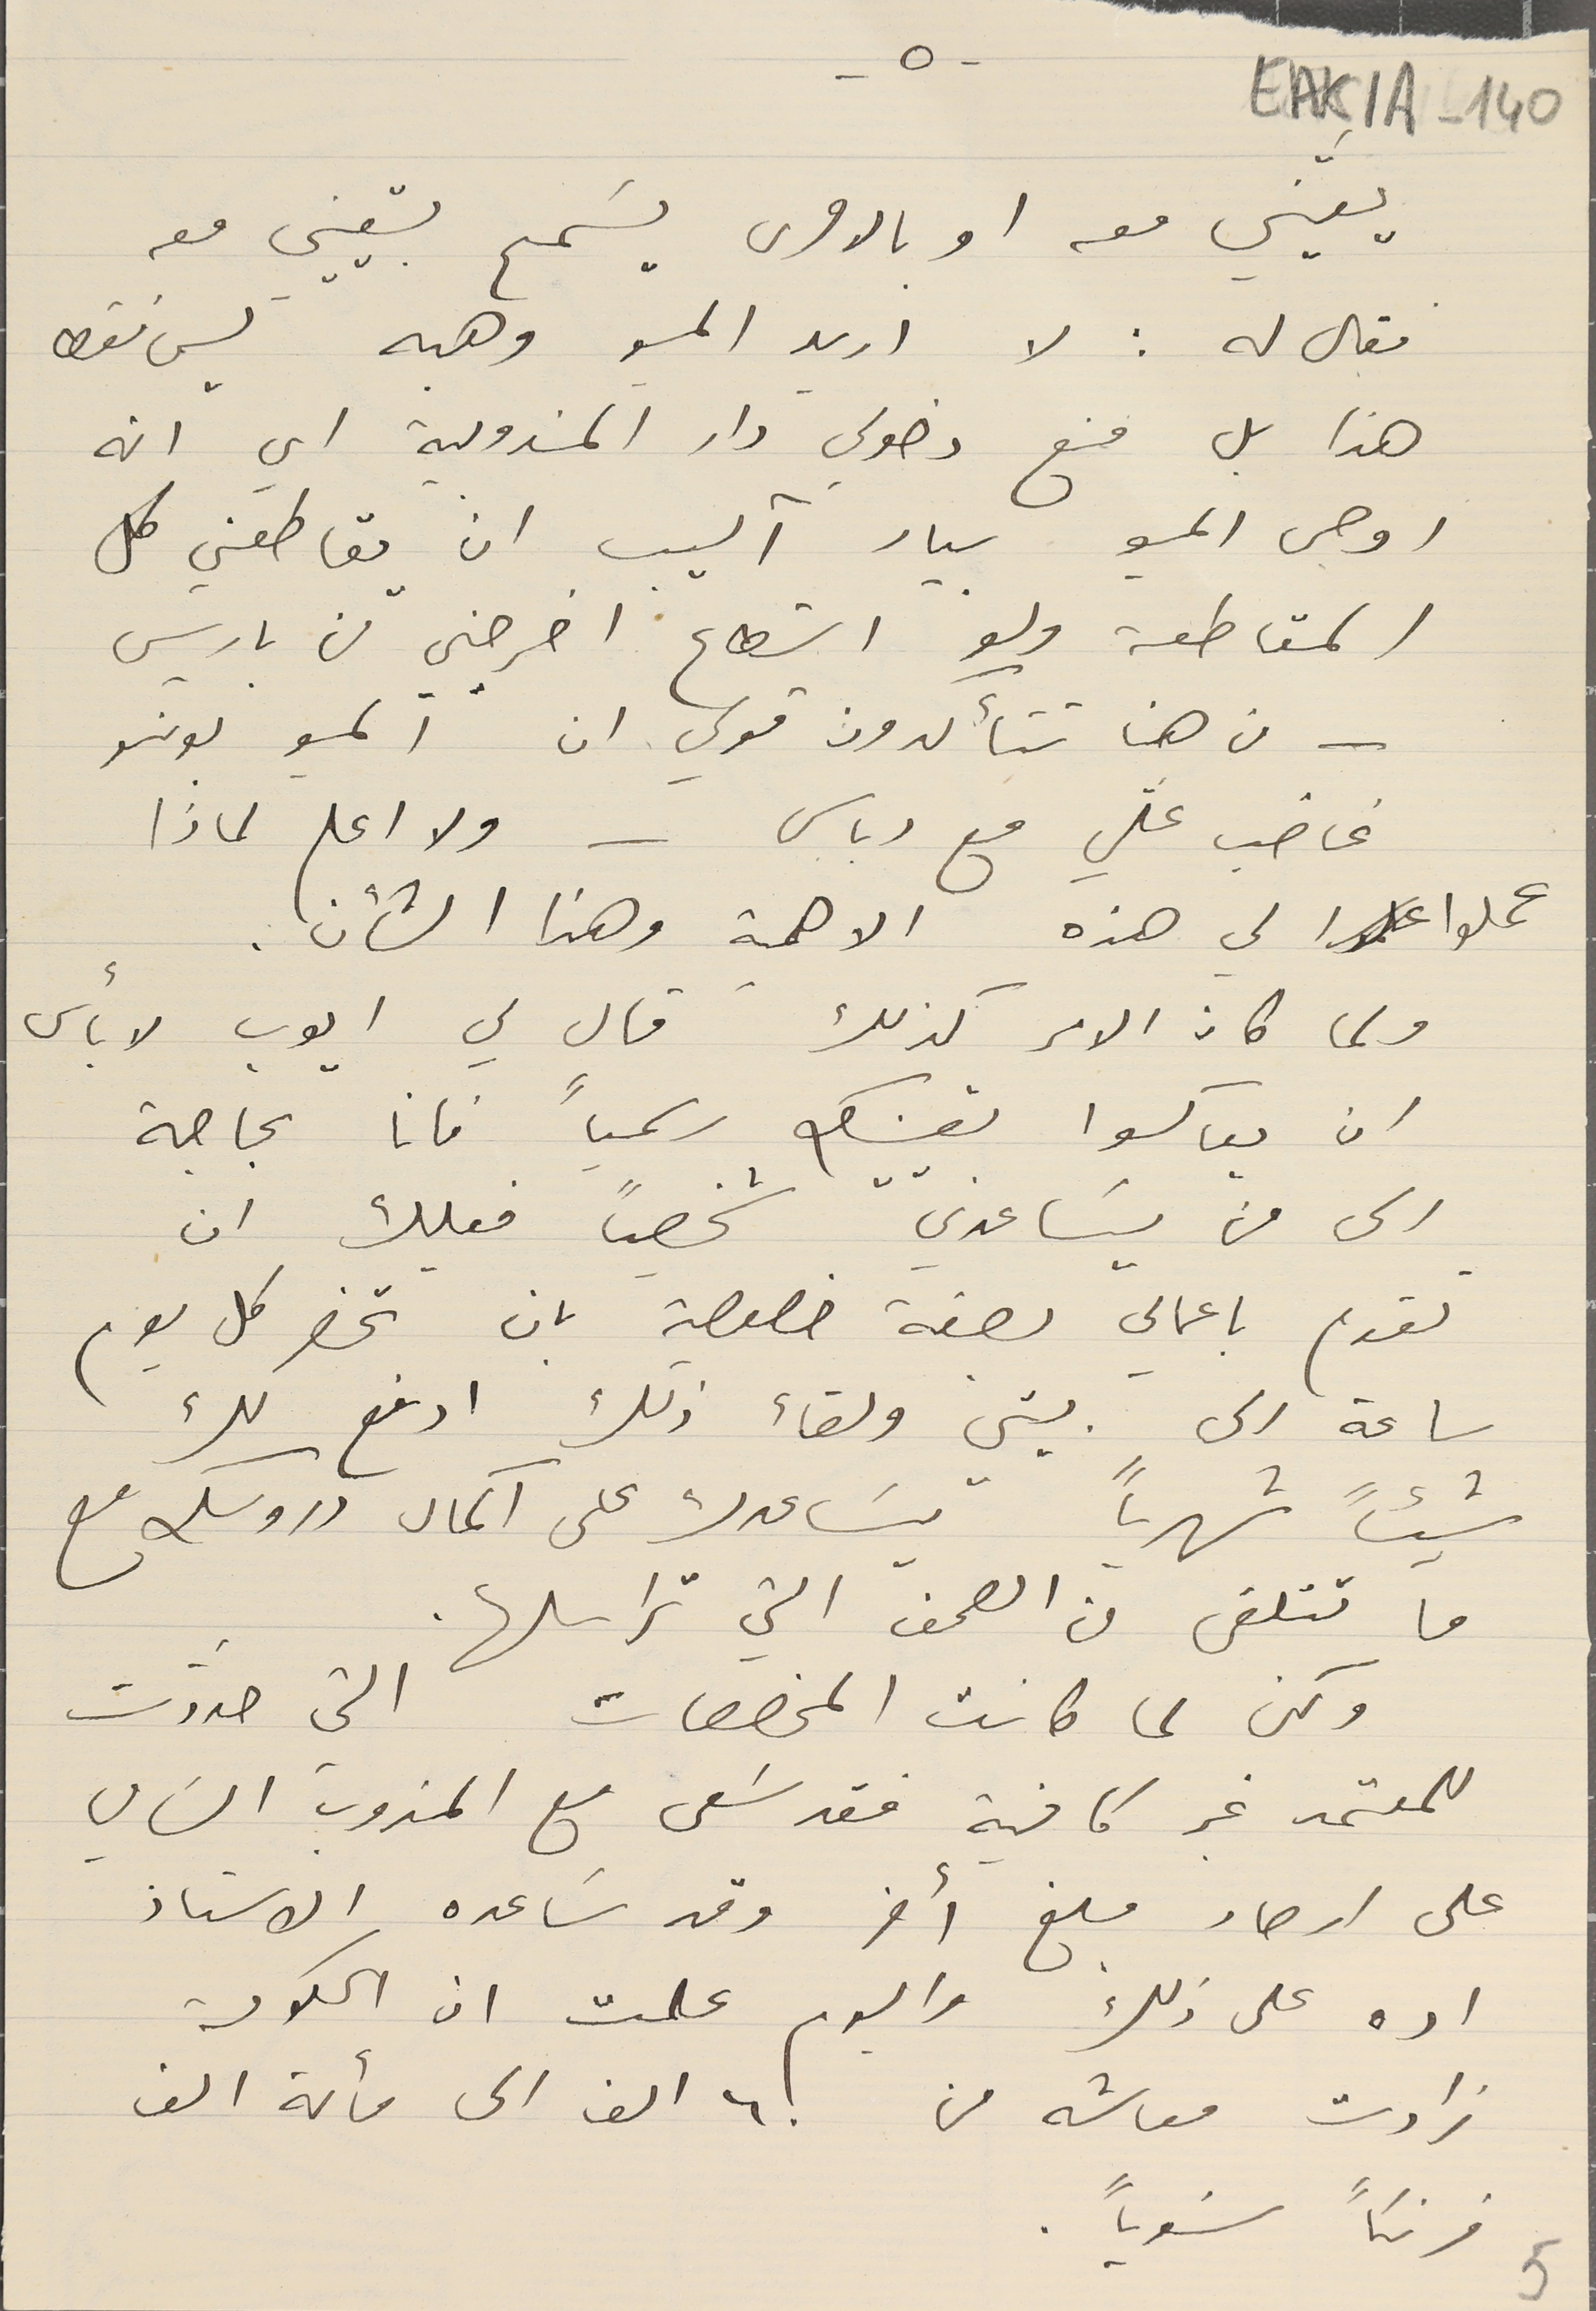
EAK1A-140
 يعَيّني معه او بالاحرى يسَمح بتعييني معه
فقال له : لا اريد المسيو وهبه ليس فقط
هذا بل منع دخولي دار المندوبية اي انه
اوصى المسيو بيار آليب ان يقاطعني كل
المقاطعة ولو استطاع اخرجني من باريس
من هنا تتأكدون قولي ان ألمسيو بونسو
غاضب علّي مع دباس - ولا اعلم لماذا
عملوا لي هذه الاهمية وهذا الشأن.
ولما كان الامر كذلك قال لي ايوب لا بأس
ان يعاكسوا تعيينك رسمياً فانا بحاجة
الى من يسَاعدني شخصياً فعليك ان
تقوم باعمالي بصفة خصوصية بان تحضر كل يوم
ساعة الى بيتي ولقاء ذلك ادفع لك
شيئاً شهرياً يسَاعدك على آكمال دروسك مع
ما تتلقى من الصحف التي تراسلها.
ولكن لما كانت المخصصات التي حدّدت
للمعتمد غير كافية فقد سَعى مع المندوب السَامي
على ارصاد مبلغ أخر وقد سَاعده الاستاذ
اده على ذلك واليوم علمت ان الحكومة
زادت معاشه من ٦٠ الف الى مائة الف
فرنكاً سَنوياً.
-٥-
5